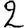
Digit: 2